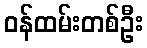
ဝန်ထမ်းတစ်ဦး